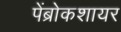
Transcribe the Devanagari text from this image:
पेंब्रोकशायर